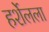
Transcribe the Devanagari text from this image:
हर्शेलला